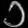
Digit: ၁